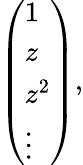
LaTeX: \left(\begin{array}{l}{{1}}\\ {{z}}\\ {{z^{2}}}\\ {{\vdots}}\end{array}\right),